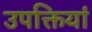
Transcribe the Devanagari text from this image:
उपक्तियां